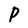
Character: P